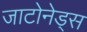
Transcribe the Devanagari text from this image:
जाटोनेड्स